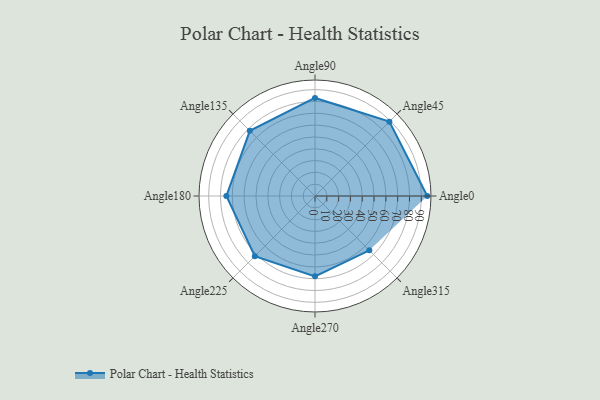
{"axis": {"x": "Angle", "y": "Radius"}, "legend": [""], "data": [{"x": "Angle0", "y": 95.0, "type": ""}, {"x": "Angle45", "y": 89.0, "type": ""}, {"x": "Angle90", "y": 83.0, "type": ""}, {"x": "Angle135", "y": 78.0, "type": ""}, {"x": "Angle180", "y": 75.0, "type": ""}, {"x": "Angle225", "y": 72.0, "type": ""}, {"x": "Angle270", "y": 68.0, "type": ""}, {"x": "Angle315", "y": 65.0, "type": ""}]}